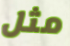
مثل